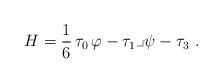
LaTeX: \begin{align*}H = \frac{1}{6}\, \tau_0\, \varphi - \tau_1\lrcorner\psi - \tau_3~.\end{align*}